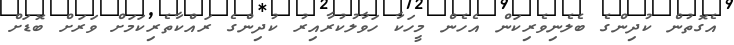
އެގޮތުން ކުދިންގެ ބެލެނިވެރިކަން އެހެން މީހަކާ ހަވާލުކުރާއިރު ކުދިންގެ ރައްކާތެރިކަމަށް ވަރަށް ބޮޑަށް